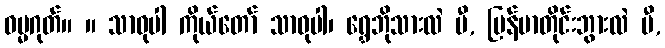
ဓမ္မဂုတ်။ ။ သာဓုပါ ကိုယ်တော် သာဓုပါ၊ ရွှေဘိုသားလဲ ပီ, မြန်မာတိုင်းဘွားလဲ ပီ,